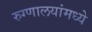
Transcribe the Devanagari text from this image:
रुग्णालयांमध्ये